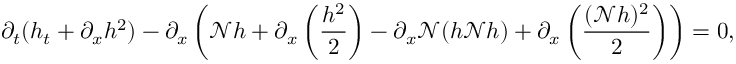
\partial _ { t } ( h _ { t } + \partial _ { x } h ^ { 2 } ) - \partial _ { x } \left( \mathscr { N } h + \partial _ { x } \left( \frac { h ^ { 2 } } { 2 } \right) - \partial _ { x } \mathscr { N } ( h \mathscr { N } h ) + \partial _ { x } \left( \frac { ( \mathscr { N } h ) ^ { 2 } } { 2 } \right) \right) = 0 ,